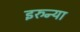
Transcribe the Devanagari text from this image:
इरुन्या